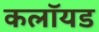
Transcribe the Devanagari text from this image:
कलॉयड